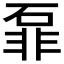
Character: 𱴎